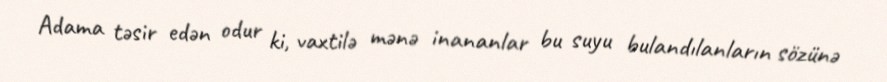
Adama təsir edən odur ki, vaxtilə mənə inananlar bu suyu bulandılanların sözünə